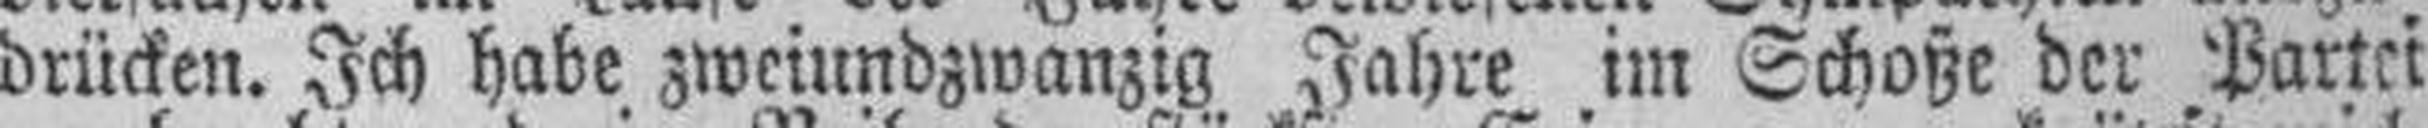
drücken. Ich habe zweiundzwanzig Jahre im Schoße der Partei